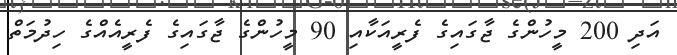
އަދި 200 މީހުންގެ ޖާގައިގެ ފެރީއަކާއި 90 މީހުންގެ ޖާގައިގެ ފެރީއެއްގެ ހިދުމަތް